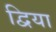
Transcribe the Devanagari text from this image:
द्विया